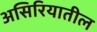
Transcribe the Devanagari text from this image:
असिरियातील